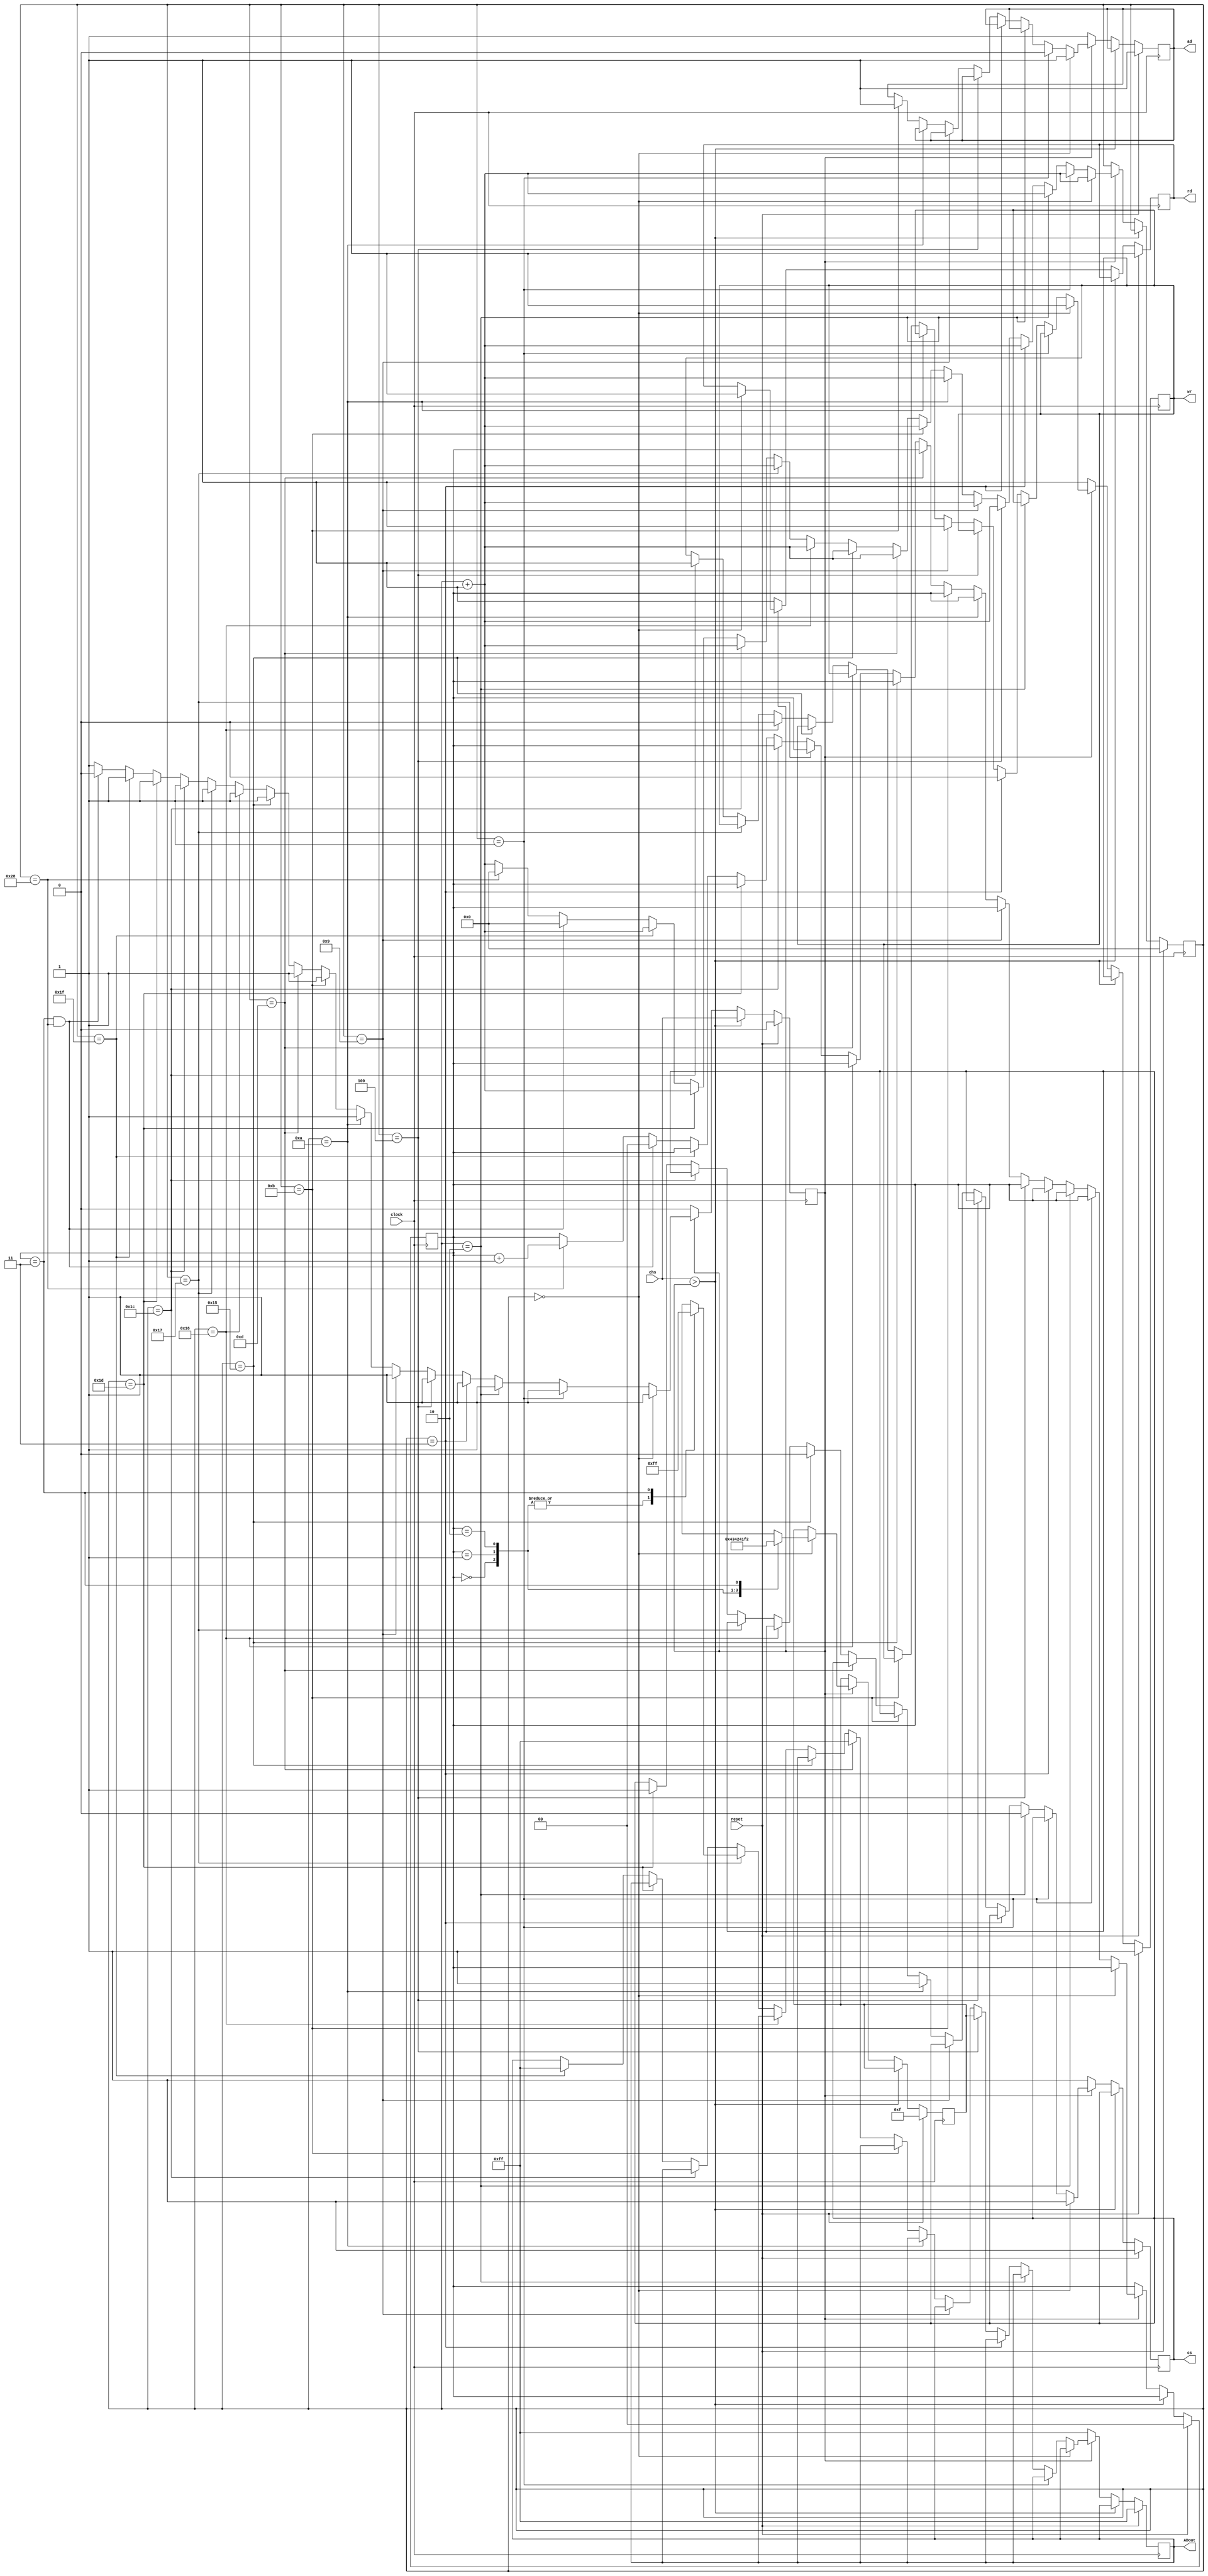
`timescale 1ns / 1ps
//////////////////////////////////////////////////////////////////////////////////
// Company: 
// Engineer: 
// 
// Design Name: 
// Module Name:    LecturaCrono 
// Project Name: 
// Target Devices: 
// Tool versions: 
// Description: 
//
// Dependencies: 
//
// Revision: 
// Revision 0.01 - File Created
// Additional Comments: 
//
//////////////////////////////////////////////////////////////////////////////////
module LecturaCrono(
	 input clock,
	 input reset,
	 input chs,
	 output reg [7:0] ADout,
    output reg ad,
    output reg wr,
    output reg rd,
    output reg cs
	 
    );
reg [5:0]cont;
reg [1:0]contadd;
reg [7:0]dir;
reg chsref;

always @(posedge clock)
begin
	if (reset)
	begin
	ad<=1'h1;
	wr<=1'h1;
	rd<=1'h1;
	cs<=1'h1;
	ADout<=8'hff;
	cont<=0;
	contadd<=0;
	chsref<=0;	
	dir<=8'h0f;
	end
	
	else if (chs>chsref) chsref<=chs;
	
	else if (chsref==1) 
	begin
	if (cont==0)
	begin
	case (contadd)
		2'b00:dir<=8'h43;
		2'b01:dir<=8'h42;
		2'b10:dir<=8'h41; 
		2'b11:dir<=8'hf2;
		default dir<=8'h43;
	endcase
	ad<=1;
	wr<=1;
	rd<=1;
	cs<=1;
	cont<=cont+1'b1;
	end
		
	else if (cont==1)
	begin
		
		ad<=0;
		cont<=cont+1'b1;
	end
	else if(cont==2)
		begin
		cs<=0;
		cont<=cont+1'b1;
		end
	else if (cont==3)
		begin
		wr<=0;
		cont<=cont+1'b1;
		end
	else if (cont==4)
		begin
		ADout<=dir;
		cont<=cont+1'b1;
		end
	else if (cont==9)
		begin
		wr<=1;
		cont<=cont+1'b1;
		end
	else if (cont==10)
		begin
		cs<=1;
		cont<=cont+1'b1;
		end
	else if (cont==11)
		begin
		ad<=1;
		cont<=cont+1'b1;
		end
	else if (cont==13)
		begin
		ADout<=8'hff;
		cont<=cont+1'b1;
		end
	else if (cont==21)
		begin
		cs<=0;
		cont<=cont+1'b1;
		end
	else if (cont==22)
		begin
		wr<=0;
		cont<=cont+1'b1;
		end
	else if (cont==23)
		begin
		case (contadd)
		2'b00:ADout<=8'h00;
		2'b01:ADout<=8'h00;
		2'b10:ADout<=8'h00; 
		2'b11:ADout<=8'hff;
		default ADout<=8'h00;
	endcase
		cont<=cont+1'b1;
		end
	else if (cont==28)
		begin
		wr<=1;
		cont<=cont+1'b1;
		end
	else if (cont==29)
		begin
		cs<=1;
		cont<=cont+1'b1;
		end
	else if (cont==31)
		begin
		ADout<=8'hff;
		cont<=cont+1'b1;
		end
	else if (contadd==3&&cont==40)
		begin
		contadd<=0;
		cont<=0;
		chsref<=0;
		end
	else if (cont==40)
		begin
		cont<=0;
		contadd<=contadd+1'b1;
		end
	else cont<=cont+1'b1;
	
	end
	else
	begin
	ADout<=8'hff;
	cs<=1'h1;
	ad<=1'h1;
	wr<=1'h1;
	rd<=1'h1;
	end
	
end
endmodule